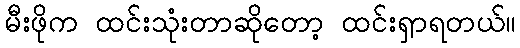
မီးဖိုက ထင်းသုံးတာဆိုတော့ ထင်းရှာရတယ်။